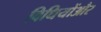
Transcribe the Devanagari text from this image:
विधियोंऔर